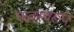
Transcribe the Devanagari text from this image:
फवस्वरूप